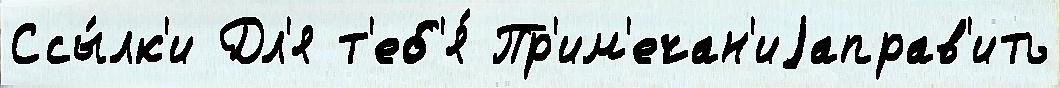
Ссы́лк'и Дл'я т'еб'я́ Пр'им'ечан'иjаправ'ить